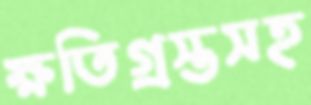
ক্ষতিগ্রস্তসহ